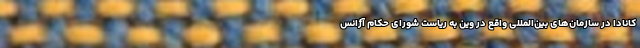
کانادا در سازمان‌های بین‌المللی واقع در وین به ریاست شورای حکام آژانس